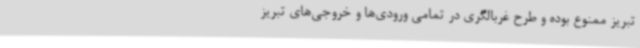
تبریز ممنوع بوده و طرح غربالگری در تمامی ورودی‌ها و خروجی‌های تبریز